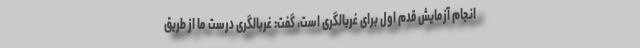
انجام آزمایش قدم اول برای غربالگری است، گفت: غربالگری درست ما از طریق